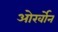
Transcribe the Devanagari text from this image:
ओर्खोन